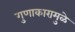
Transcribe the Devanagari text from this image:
गुणाकारामुळे